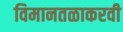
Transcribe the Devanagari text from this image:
विमानतळाकरवी